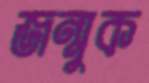
জন্মুক